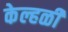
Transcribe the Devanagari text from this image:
केल्हळी